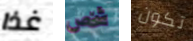
غذا شخص تكون